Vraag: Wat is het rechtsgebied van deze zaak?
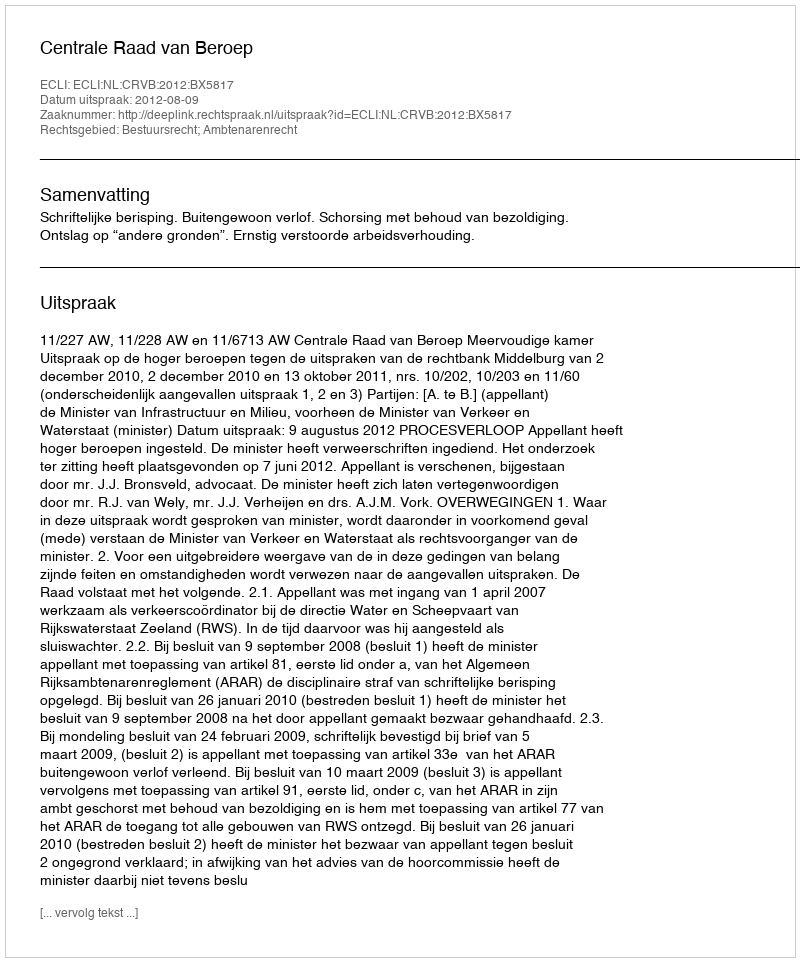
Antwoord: Bestuursrecht; Ambtenarenrecht